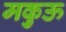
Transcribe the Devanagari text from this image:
मकुऊ